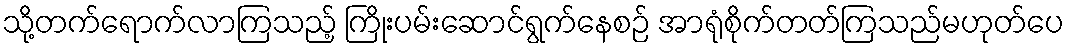
သို့တက်ရောက်လာကြသည့် ကြိုးပမ်းဆောင်ရွက်နေစဉ် အာရုံစိုက်တတ်ကြသည်မဟုတ်ပေ